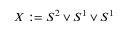
X : = S ^ { 2 } \vee S ^ { 1 } \vee S ^ { 1 }